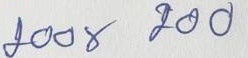
200 x 200